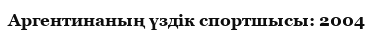
Аргентинаның үздік спортшысы: 2004